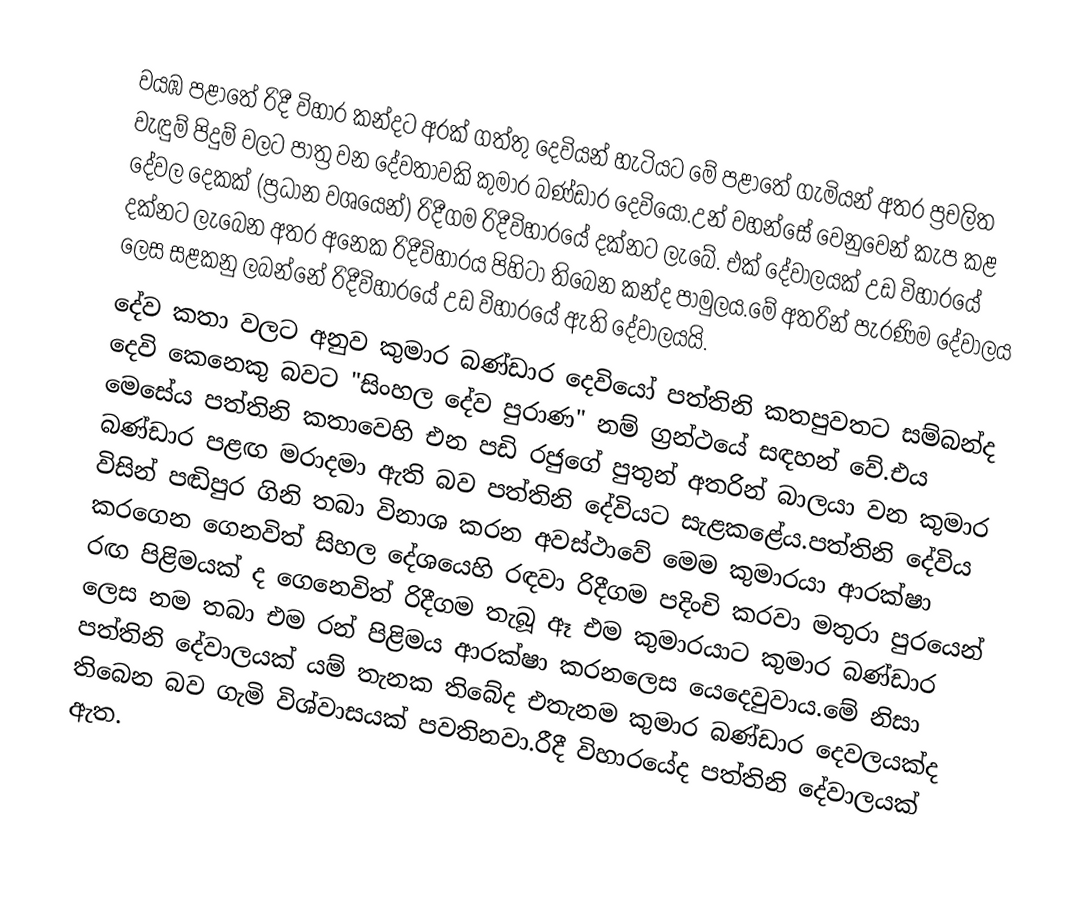
වයඹ පළාතේ රිදී විහාර කන්දට අරක් ගත්තු දෙවියන් හැටියට මේ පළාතේ ගැමියන් අතර ප්‍රචලිත වැඳුම් පිදුම් වලට පාත්‍ර වන දේවතාවකි කුමාර බණ්ඩාර දෙවියෝ.උන් වහන්සේ වෙනුවෙන් කැප කළ දේවල දෙකක් (ප්‍රධාන වශයෙන්) රිදීගම රිදීවිහාරයේ දක්නට ලැබේ. එක් දේවාලයක් උඩ විහාරයේ දක්නට ලැබෙන අතර අනෙක රිදීවිහාරය පිහිටා තිබෙන කන්ද පාමුලය.මේ  අතරින් පැරණිම දේවාලය ලෙස සළකනු ලබන්නේ රිදීවිහාරයේ උඩ විහාරයේ ඇති දේවාලයයි.
දේව කතා වලට අනුව කුමාර බණ්ඩාර දෙවියෝ පත්තිනි කතපුවතට සම්බන්ද දෙවි කෙනෙකු බවට "සිංහල දේව පුරාණ" නම් ග්‍රන්ථයේ සඳහන් වේ.එය මෙසේය පත්තිනි කතාවෙහි එන පඩි රජුගේ පුතුන් අතරින් බාලයා වන කුමාර බණ්ඩාර පළඟ මරාදමා ඇති බව පත්තිනි දේවියට සැළකළේය.පත්තිනි දේවිය විසින් පඬිපුර ගිනි තබා විනාශ කරන අවස්ථාවේ මෙම කුමාරයා ආරක්ෂා කරගෙන ගෙනවිත් සිහල දේශයෙහි රඳවා රිදීගම පදිංචි කරවා මතුරා පුරයෙන් රඟ පිළිමයක් ද ගෙනෙවිත් රිදීගම තැබූ ඈ එම කුමාරයාට කුමාර බණ්ඩාර ලෙස නම තබා එම රන් පිළිමය ආරක්ෂා කරනලෙස යෙදෙවුවාය.මේ නිසා පත්තිනි දේවාලයක් යම් තැනක තිබේද එතැනම කුමාර බණ්ඩාර දෙවලයක්ද තිබෙන බව ගැමි විශ්වාසයක් පවතිනවා.රීදී විහාරයේද පත්තිනි දේවාලයක් ඇත.